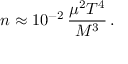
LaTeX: n \approx 1 0 ^ { - 2 } \, \frac { \mu ^ { 2 } T ^ { 4 } } { M ^ { 3 } } \, .